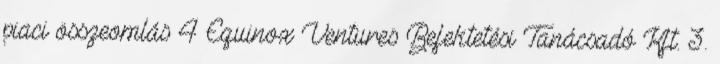
piaci összeomlás 4 Equinox Ventures Befektetési Tanácsadó Kft. 3.